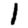
Digit: 1